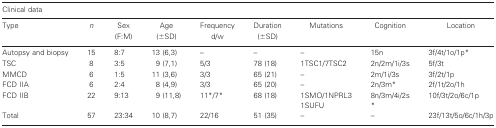
<table><thead><tr><td colspan="9"><b>Clinical data</b></td></tr><tr><td><b>Type</b></td><td><b><i>n</i></b></td><td><b>Sex(F:M)</b></td><td><b>Age(±SD)</b></td><td><b>Frequency d/w</b></td><td><b>Duration(±SD)</b></td><td><b>Mutations</b></td><td><b>Cognition</b></td><td><b>Location</b></td></tr></thead><tbody><tr><td>Autopsy and biopsy</td><td>15</td><td>8:7</td><td>13 (6,3)</td><td>–</td><td>–</td><td>–</td><td>15n</td><td>3f/4t/1o/1p*</td></tr><tr><td>TSC</td><td>8</td><td>3:5</td><td>9 (7,1)</td><td>5/3</td><td>78 (18)</td><td>1TSC1/7TSC2</td><td>2n/2m/1i/3s</td><td>5f/3t</td></tr><tr><td>MMCD</td><td>6</td><td>1:5</td><td>11 (3,6)</td><td>3/3</td><td>65 (21)</td><td>–</td><td>2m/1i/3s</td><td>3f/2t/1p</td></tr><tr><td>FCD IIA</td><td>6</td><td>2:4</td><td>8 (4,9)</td><td>3/3</td><td>65 (20)</td><td>–</td><td>2n/3m*</td><td>2f/1t/2o/1h</td></tr><tr><td>FCD IIB</td><td>22</td><td>9:13</td><td>9 (11,8)</td><td>11*/7*</td><td>68 (18)</td><td>1SMO/1NPRL31SUFU</td><td>8n/3m/4i/2s*</td><td>10f/3t/2o/6c/1p</td></tr><tr><td>Total</td><td>57</td><td>23:34</td><td>10 (8,7)</td><td>22/16</td><td>51 35</td><td>–</td><td>–</td><td>23f/13t/5o/6c/1h/3p</td></tr></tbody></table>